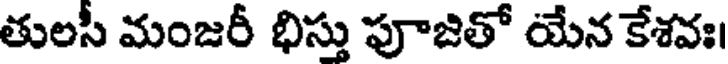
తులసీ మంజరీ భిస్తు పూజితో యేన కేశవః।